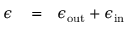
\begin{array} { r l r } { \epsilon } & { { } = } & { \epsilon _ { \mathrm { o u t } } + \epsilon _ { \mathrm { i n } } } \end{array}